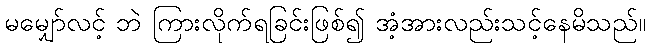
မမျှော်လင့် ဘဲ ကြားလိုက်ရခြင်းဖြစ်၍ အံ့အားလည်းသင့်နေမိသည်။